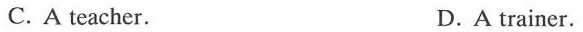
C. A teacher. D.A trainer.